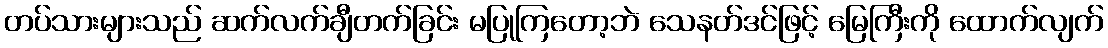
တပ်သားများသည် ဆက်လက်ချီတက်ခြင်း မပြုကြတော့ဘဲ သေနတ်ဒင်ဖြင့် မြေကြီးကို ထောက်လျက်